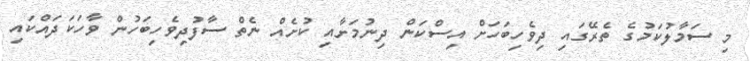
މި ސަމާލުކަމުގެ ތެރޭގައި ދިވެހިބަހަށް އިސްކަން ދިނުމަށާއި ކުށެއް ނެތް ސާފުދިވެހިބަހުން ވާހަކަދައްކައި